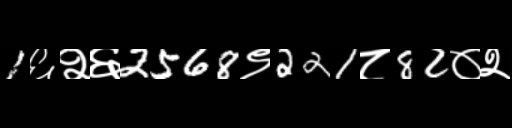
Text: 1६२६2568९221८82०२